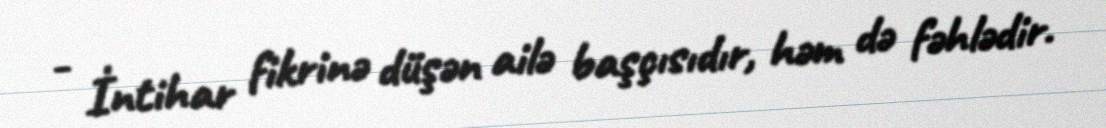
- İntihar fikrinə düşən ailə başçısıdır, həm də fəhlədir.